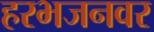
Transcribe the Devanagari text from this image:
हरभजनवर